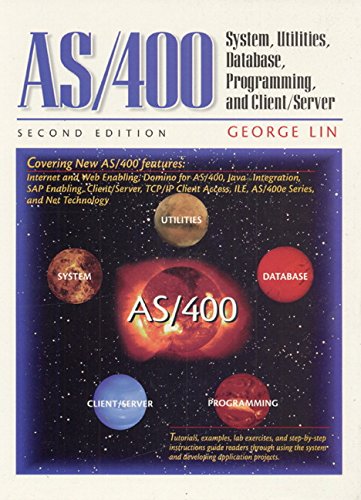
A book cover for AS/400: System, Utilities, Database, and Programming (2nd Edition); George Lin; Computers & Technology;